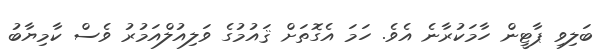
ބަލިވި ޕާޓީން ހާމަކުރާނެ އެވެ. ހަމަ އެގޮތަށް ޤައުމުގެ ވަލިއުލްއަމުރު ވެސް ކާމިޔާބު